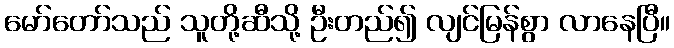
မော်တော်သည် သူတို့ဆီသို့ ဦးတည်၍ လျင်မြန်စွာ လာနေပြီ။